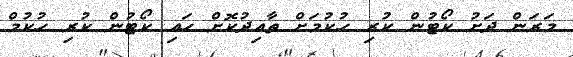
މަރަން ދަށު ކޯޓުން ކުރި ހުކުމަށް ތާއިދުކޮށް ހައި ކޯޓުން ކުރި ހުކުމް